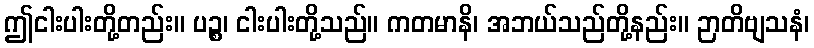
ဤငါးပါးတို့တည်း။ ပဉ္စ၊ ငါးပါးတို့သည်။ ကတမာနိ၊ အဘယ်သည်တို့နည်း။ ဉာတိဗျသနံ၊